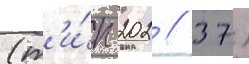
(т'и́п 202 / 37)